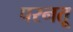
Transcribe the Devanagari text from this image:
परनतू